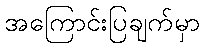
အကြောင်းပြချက်မှာ